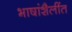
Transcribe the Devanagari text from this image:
भाषांशैलींत